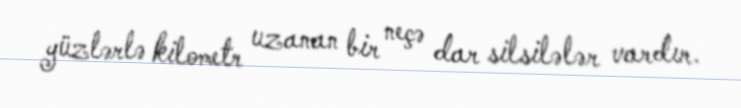
yüzlərlə kilometr uzanan bir neçə dar silsilələr vardır.